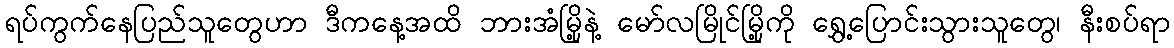
ရပ်ကွက်နေပြည်သူတွေဟာ ဒီကနေ့အထိ ဘားအံမြို့နဲ့ မော်လမြိုင်မြို့ကို ရွှေ့ပြောင်းသွားသူတွေ၊ နီးစပ်ရာ